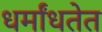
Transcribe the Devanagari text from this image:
धर्मांधतेत